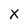
Character: x